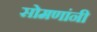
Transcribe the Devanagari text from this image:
सोमणांनी